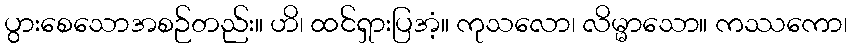
ပွားစေသောအစဉ်တည်း။ ဟိ၊ ထင်ရှားပြအံ့။ ကုသလော၊ လိမ္မာသော။ ကဿကော၊